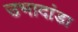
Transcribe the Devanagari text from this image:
उभादांडा